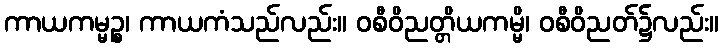
ကာယကမ္မဉ္စ၊ ကာယကံသည်လည်း။ ဝစီဝိညတ္တိယကမ္မိ၊ ဝစီဝိညတ်၌လည်း။